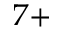
^ { 7 + }